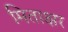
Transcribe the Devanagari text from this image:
मिताक्षर